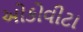
ઓકોવીટા